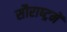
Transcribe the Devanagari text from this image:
सौराष्‍ट्रमें